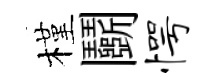
槿鬬愕